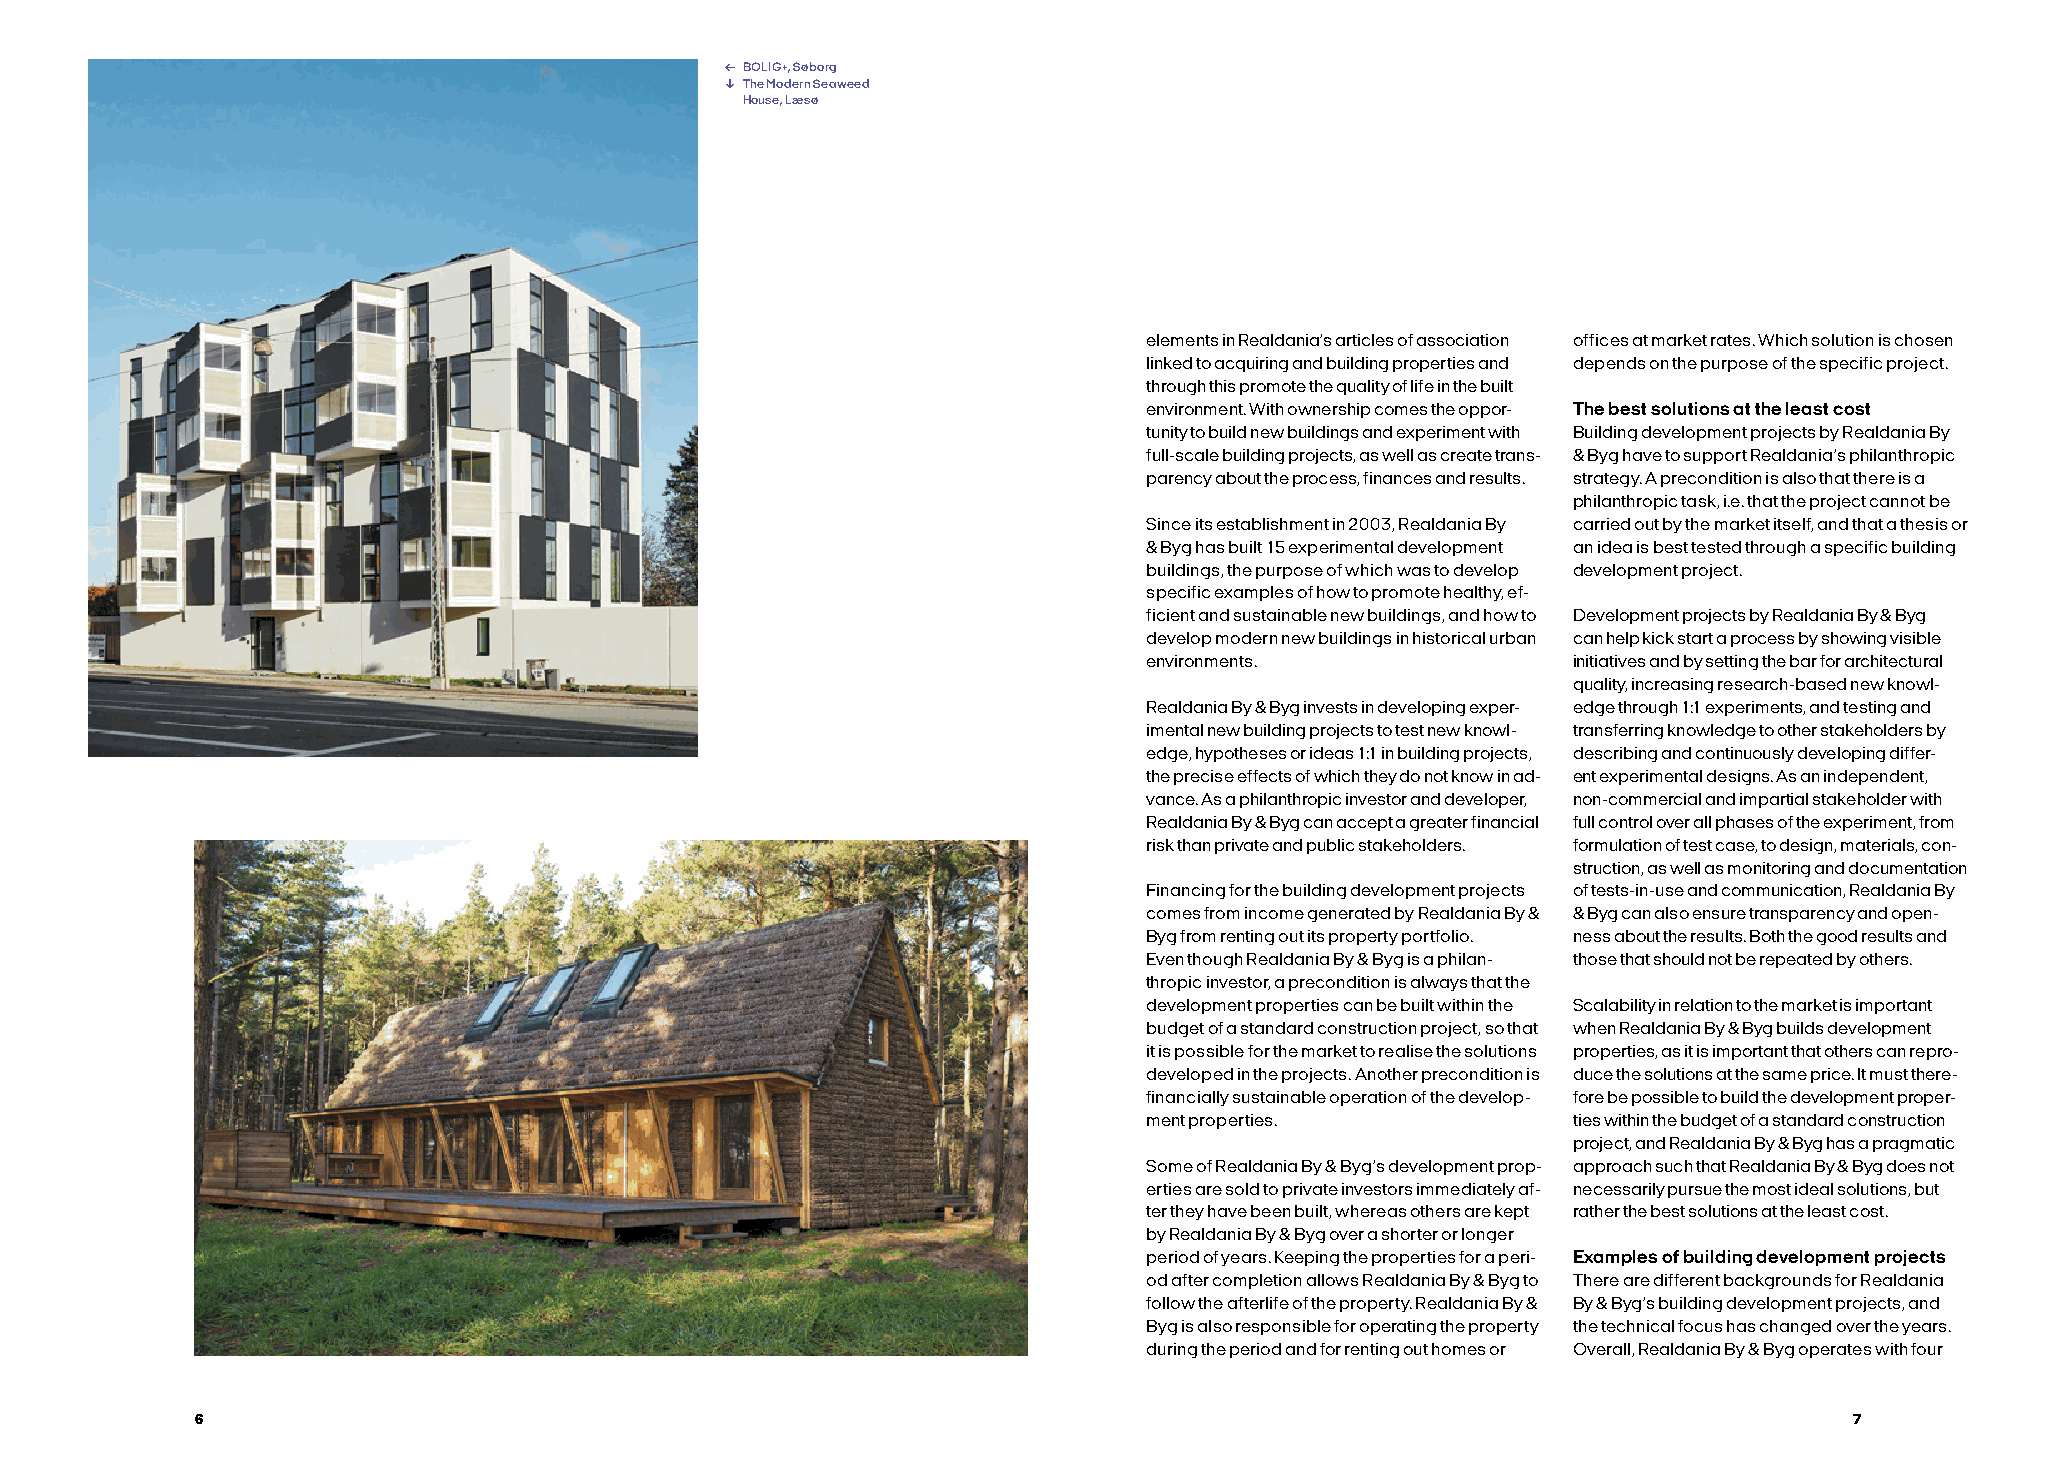
← BOLIG+, Søborg
 ↓ The Modern Seaweed
 House, Læsø
 elements in Realdania’s articles of association offices at market rates. Which solution is chosen
 linked to acquiring and building properties and depends on the purpose of the specific project.
 through this promote the quality of life in the built
 environment. With ownership comes the oppor- The best solutions at the least cost
 tunity to build new buildings and experiment with Building development projects by Realdania By
 full-scale building projects, as well as create trans- & Byg have to support Realdania’s philanthropic
 parency about the process, finances and results. strategy. A precondition is also that there is a
 philanthropic task, i.e. that the project cannot be
 Since its establishment in 2003, Realdania By carried out by the market itself, and that a thesis or
 & Byg has built 15 experimental development an idea is best tested through a specific building
 buildings, the purpose of which was to develop development project.
 specific examples of how to promote healthy, ef-
 ficient and sustainable new buildings, and how to Development projects by Realdania By & Byg
 develop modern new buildings in historical urban can help kick start a process by showing visible
 environments.               initiatives and by setting the bar for architectural
 quality, increasing research-based new knowl-
 Realdania By & Byg invests in developing exper- edge through 1:1 experiments, and testing and
 imental new building projects to test new knowl- transferring knowledge to other stakeholders by
 edge, hypotheses or ideas 1:1 in building projects, describing and continuously developing differ-
 the precise effects of which they do not know in ad- ent experimental designs. As an independent,
 vance. As a philanthropic investor and developer, non-commercial and impartial stakeholder with
 Realdania By & Byg can accept a greater financial full control over all phases of the experiment, from
 risk than private and public stakeholders. formulation of test case, to design, materials, con-
 struction, as well as monitoring and documentation
 Financing for the building development projects of tests-in-use and communication, Realdania By
 comes from income generated by Realdania By & & Byg can also ensure transparency and open-
 Byg from renting out its property portfolio. ness about the results. Both the good results and
 Even though Realdania By & Byg is a philan- those that should not be repeated by others.
 thropic investor, a precondition is always that the
 development properties can be built within the Scalability in relation to the market is important
 budget of a standard construction project, so that when Realdania By & Byg builds development
 it is possible for the market to realise the solutions properties, as it is important that others can repro-
 developed in the projects. Another precondition is duce the solutions at the same price. It must there-
 financially sustainable operation of the develop- fore be possible to build the development proper-
 ment properties.            ties within the budget of a standard construction
 project, and Realdania By & Byg has a pragmatic
 Some of Realdania By & Byg’s development prop- approach such that Realdania By & Byg does not
 erties are sold to private investors immediately af- necessarily pursue the most ideal solutions, but
 ter they have been built, whereas others are kept rather the best solutions at the least cost.
 by Realdania By & Byg over a shorter or longer
 period of years. Keeping the properties for a peri- Examples of building development projects
 od after completion allows Realdania By & Byg to There are different backgrounds for Realdania
 follow the afterlife of the property. Realdania By & By & Byg’s building development projects, and
 Byg is also responsible for operating the property the technical focus has changed over the years.
 during the period and for renting out homes or Overall, Realdania By & Byg operates with four
 6                                                                                                             7